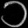
Digit: ၁